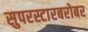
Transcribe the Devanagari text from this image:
सुपरस्टारबरोबर